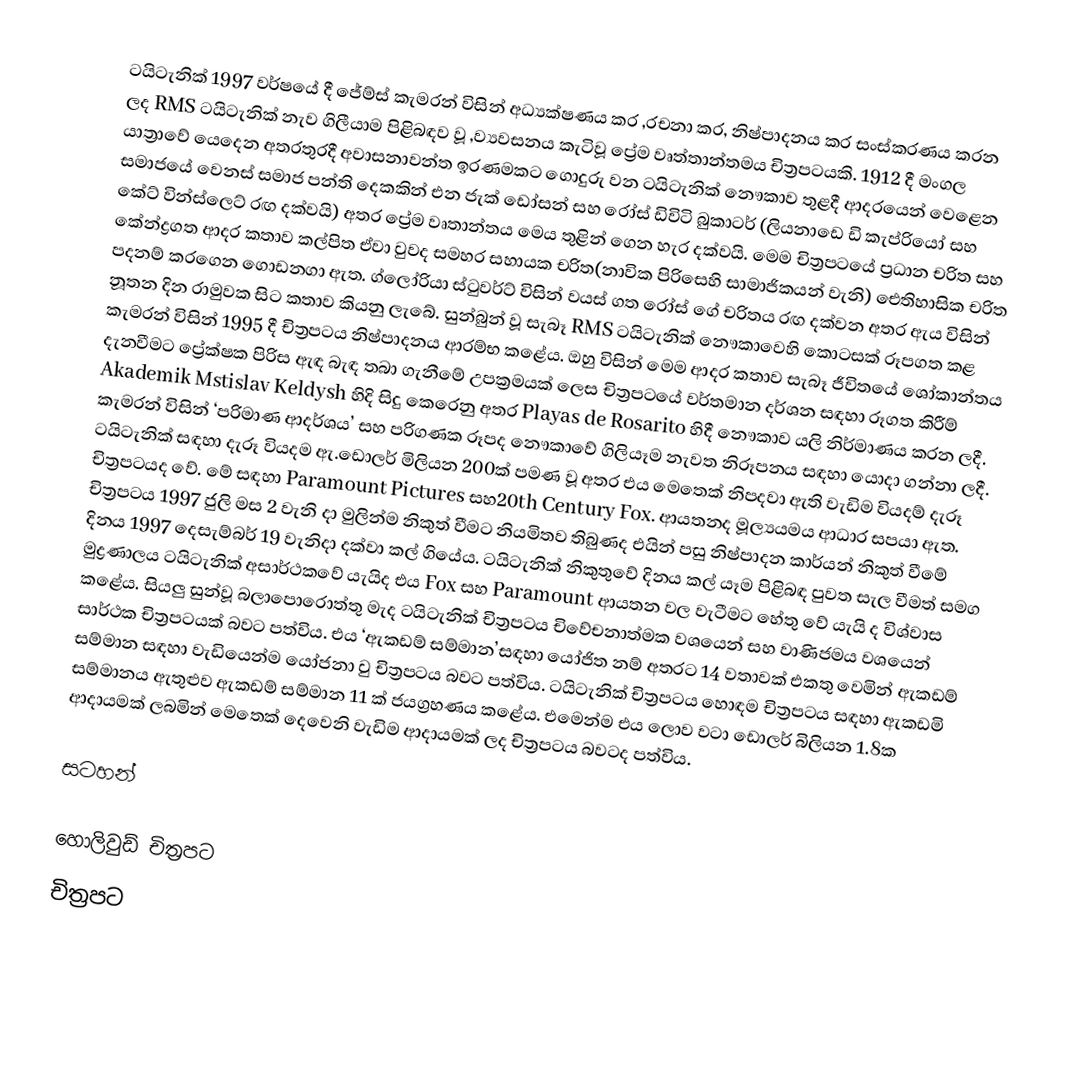
ටයිටැනික් 1997 වර්ෂයේ දී ජේම්ස් කැමරන් විසින් අධ්‍යක්ෂණය කර ,රචනා කර, නිෂ්පාදනය කර සංස්කරණය කරන ලද RMS ටයිටැනික් නැව ගිලීයාම පිළිබඳව වූ ,ව්‍යවසනය කැටිවූ ප්‍රේම වෘත්තාන්තමය චිත්‍රපටයකි. 1912 දී මංගල යාත්‍රාවේ යෙදෙන අතරතුරදී අවාසනාවන්ත ඉරණමකට ගොදුරු වන ටයිටැනික් නෞකාව තුළදී ආදරයෙන් වෙළෙන සමාජයේ වෙනස් සමාජ පන්ති දෙකකින් එන ජැක් ඩෝසන් සහ රෝස් ඩිවිටි බුකාටර් (ලියනාඩෙ ඩි කැප්රියෝ සහ කේට් වින්ස්ලෙට් රඟ දක්වයි) අතර ප්‍රේම වෘතාන්තය මෙය තුළින් ගෙන හැර දක්වයි. මෙම චිත්‍රපටයේ ප්‍රධාන චරිත සහ කේන්ද්‍රගත ආදර කතාව කල්පිත ඒවා වුවද සමහර සහායක චරිත(නාවික පිරිසෙහි සාමාජිකයන් වැනි) ඓතිහාසික චරිත පදනම් කරගෙන ගොඩනගා ඇත. ග්ලෝරියා ස්ටුවර්ට් විසින් වයස් ගත රෝස් ගේ චරිතය රඟ දක්වන අතර ඇය විසින් නූතන දින රාමුවක සිට කතාව කියනු ලැබේ. සුන්බුන් වූ සැබෑ RMS ටයිටැනික් නෞකාවෙහි කොටසක් රූපගත කළ කැමරන් විසින් 1995 දී චිත්‍රපටය නිෂ්පාදනය ආරම්භ කළේය. ඔහු විසින් මෙම ආදර කතාව සැබෑ ජීවිතයේ ශෝකාන්තය දැනවීමට ප්‍රේක්ෂක පිරිස ඇඳ බැඳ තබා ගැනීමේ උපක්‍රමයක් ලෙස චිත්‍රපටයේ වර්තමාන දර්ශන සඳහා රූගත කිරීම් Akademik Mstislav Keldysh හිදි සිදු කෙරෙනු අතර Playas de Rosarito හිදී නෞකාව යලි නිර්මාණය කරන ලදී. කැමරන් විසින් ‘පරිමාණ ආදර්ශය’ සහ පරිගණක රූපද නෞකාවේ ගිලියෑම නැවත නිරූපනය සඳහා යොදා ගන්නා ලදී. ටයිටැනික් සඳහා දැරූ වියදම ඇ.ඩොලර් මිලියන 200ක් පමණ වූ අතර එය මෙතෙක් නිපදවා ඇති වැඩිම වියදම් දැරූ චිත්‍රපටයද වේ. මේ සඳහා Paramount Pictures සහ20th Century Fox. ආයතනද මූල්‍යයමය ආධාර සපයා ඇත. චිත්‍රපටය 1997 ජුලි මස 2 වැනි දා මුලින්ම නිකුත් වීමට නියමිතව තිබුණද එයින් පසු නිෂ්පාදන කාර්යන් නිකුත් වීමේ දිනය 1997 දෙසැම්බර් 19 වැනිදා දක්වා කල් ගියේය. ටයිටැනික් නිකුතුවේ දිනය කල් යෑම පිළිබඳ පුවත සැල වීමත් සමග මුද්‍රණාලය ටයිටැනික් අසාර්ථකවේ යැයිද එය Fox සහ Paramount ආයතන වල වැටීමට හේතු වේ යැයි ද විශ්වාස කළේය. සියලු සුන්වූ බලාපොරොත්තු මැද ටයිටැනික් චිත්‍රපටය චිවේචනාත්මක වශයෙන් සහ වාණිජමය වශයෙන් සාර්ථක චිත්‍රපටයක් බවට පත්විය. එය ‘ඇකඩම් සම්මාන’සඳහා යෝජිත නම් අතරට 14 වතාවක් එකතු වෙමින් ඇකඩම් සම්මාන සඳහා වැඩියෙන්ම යෝජනා වු චිත්‍රපටය බවට පත්විය. ටයිටැනික් චිත්‍රපටය  හොඳම චිත්‍රපටය සඳහා ඇකඩමි සම්මානය ඇතුළුව ඇකඩම් සම්මාන 11 ක් ජයග්‍රහණය කළේය. එමෙන්ම එය ලොව වටා ඩොලර් බිලියන 1.8ක ආදායමක් ලබමින් මෙතෙක් දෙවෙනි වැඩිම ආදායමක් ලද චිත්‍රපටය බවටද පත්විය.

සටහන්

හොලිවුඩ් චිත්‍රපට
චිත්‍රපට